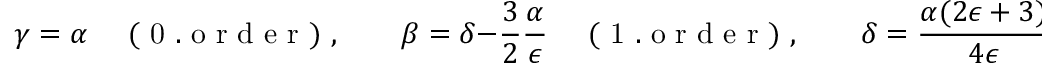
\gamma = \alpha \quad \mathrm { ~ ( ~ 0 ~ . ~ o ~ r ~ d ~ e ~ r ~ ) ~ } , \qquad \beta = \delta - \frac { 3 } { 2 } \frac { \alpha } { \epsilon } \quad \mathrm { ~ ( ~ 1 ~ . ~ o ~ r ~ d ~ e ~ r ~ ) ~ } , \qquad \delta = \frac { \alpha ( 2 \epsilon + 3 ) } { 4 \epsilon } \quad \mathrm { ~ ( ~ 2 ~ . ~ o ~ r ~ d ~ e ~ r ~ ) ~ } .